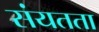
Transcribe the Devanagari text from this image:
संयतता